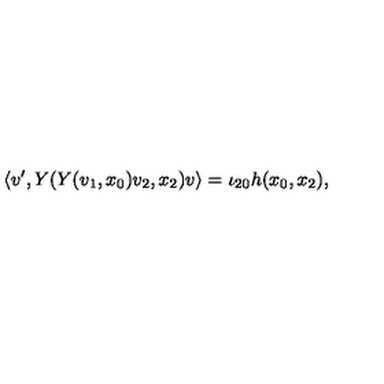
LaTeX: \left\langle v ^ { \prime } , Y ( Y ( v _ { 1 } , x _ { 0 } ) v _ { 2 } , x _ { 2 } ) v \right\rangle = \iota _ { 2 0 } h ( x _ { 0 } , x _ { 2 } ) ,